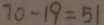
7 0 - 1 9 = 5 1